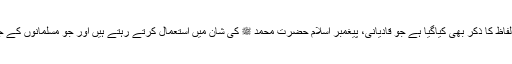
نیز اس تقریر کے دوران میں ان توہین آمیز الفاظ کا ذکر بھی کیاگیا ہے جو قادیانی، پیغمبر اسلام حضرت محمد ﷺ کی شان میں استعمال کرتے رہتے ہیں اور جو مسلمانوں کے جذبات کو مجروح کرنے کا باعث ہوتے ہیں۔